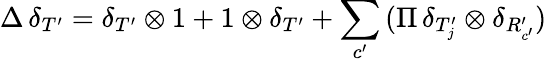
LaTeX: \Delta\, \delta_{T^{\prime}}=\delta_{T^{\prime}}\otimes 1+1\otimes\delta_{T^{\prime}}+\sum_{c^{\prime}}\, (\Pi\, \delta_{T_{j}^{\prime}}\otimes\delta_{R_{c^{\prime}}^{\prime}})